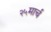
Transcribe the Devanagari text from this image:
२५मार्च